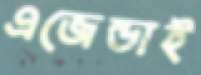
এজেন্ডাই